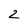
Character: 2